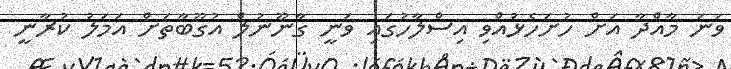
ވަނަ މާއްދާ އަށް ހުށަހެޅުއްވި އިސްލާހުގައި ވަނީ ގާނޫނުލް އުގޫބާތަށް އަމަލު ކުރާނީ